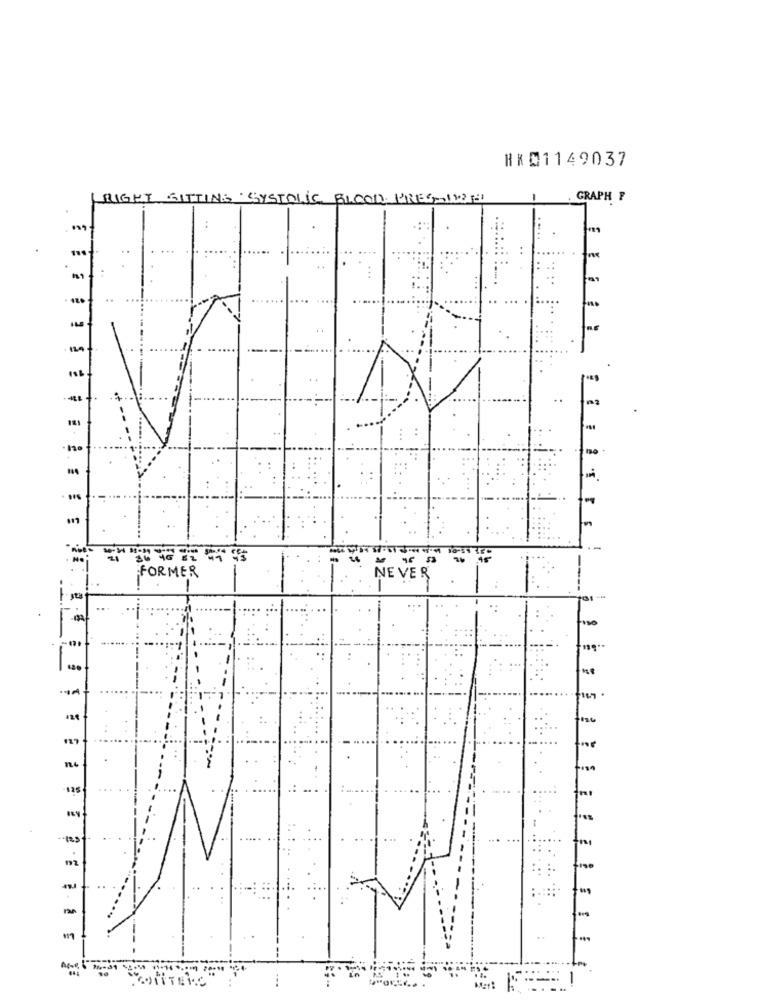
RX 01149037
RIGHT SITTING SYSTOLIC BLOOD PRESTOINTE
GRAPH F
181
=====
FORMER
NE VE R
125
CONTERC